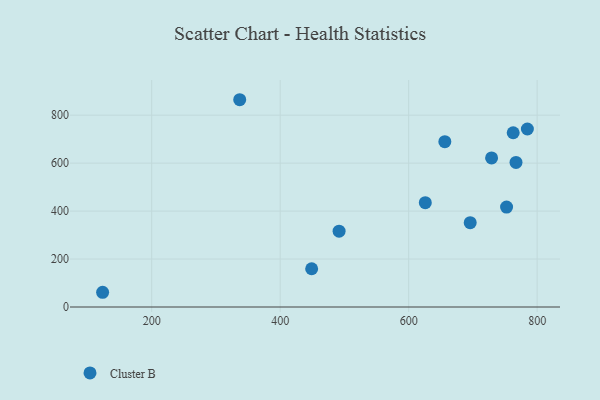
{"axis": {"x": "Experience", "y": "Fuel Efficiency"}, "legend": ["Cluster B"], "data": [{"x": "656.3", "y": 689.5, "type": "Cluster B"}, {"x": "695.8", "y": 351.7, "type": "Cluster B"}, {"x": "752.4", "y": 416.8, "type": "Cluster B"}, {"x": "449.0", "y": 159.6, "type": "Cluster B"}, {"x": "762.7", "y": 726.7, "type": "Cluster B"}, {"x": "123.6", "y": 61.4, "type": "Cluster B"}, {"x": "729.1", "y": 621.7, "type": "Cluster B"}, {"x": "491.7", "y": 316.2, "type": "Cluster B"}, {"x": "767.1", "y": 602.9, "type": "Cluster B"}, {"x": "784.8", "y": 742.3, "type": "Cluster B"}, {"x": "337.0", "y": 864.4, "type": "Cluster B"}, {"x": "625.9", "y": 435.2, "type": "Cluster B"}]}